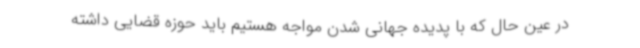
در عین حال که با پدیده جهانی شدن مواجه هستیم باید حوزه قضایی داشته